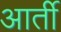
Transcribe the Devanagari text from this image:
आर्ती